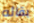
بقائه